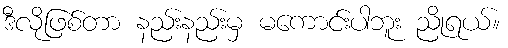
ဒီလိုဖြစ်တာ နည်းနည်းမှ မကောင်းပါဘူး ညိုရယ်။